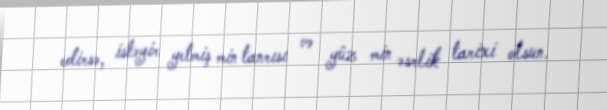
edirsə, istəyir yetmiş min tanrısı və yüz min əsrlik tarixi olsun.